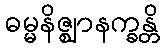
ဓမ္မနိဇ္ဈာနက္ခန္တိ